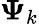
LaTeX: \mathbf{\Psi}_{k}